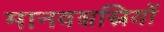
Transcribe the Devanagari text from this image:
मानवशस्रियों